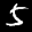
Label: 5